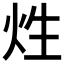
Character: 𤇣